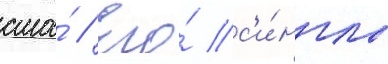
сша́ // Его́ с'и́нглы